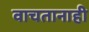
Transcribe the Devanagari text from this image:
वाचतानाही